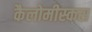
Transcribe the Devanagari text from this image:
कैलोमीस्कस